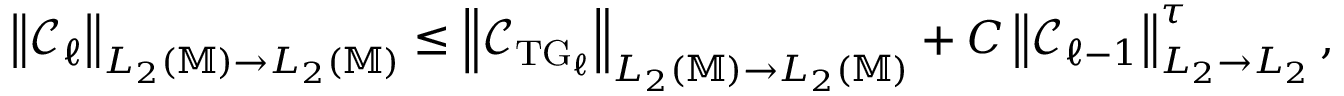
\begin{array} { r } { \left\| \mathcal { C } _ { \ell } \right\| _ { L _ { 2 } ( \mathbb { M } ) \to L _ { 2 } ( \mathbb { M } ) } \le \left\| \mathcal { C } _ { \mathrm { T G } _ { \ell } } \right\| _ { L _ { 2 } ( \mathbb { M } ) \to L _ { 2 } ( \mathbb { M } ) } + C \left\| \mathcal { C } _ { \ell - 1 } \right\| _ { L _ { 2 } \to L _ { 2 } } ^ { \tau } , } \end{array}